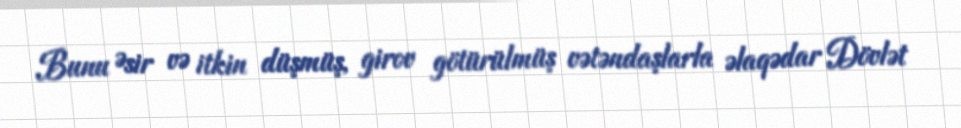
Bunu Əsir və itkin düşmüş, girov götürülmüş vətəndaşlarla əlaqədar Dövlət